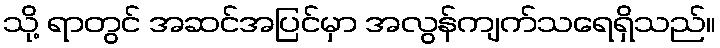
သို့ ရာတွင် အဆင်အပြင်မှာ အလွန်ကျက်သရေရှိသည်။